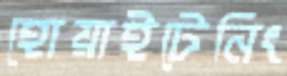
হোয়াইটেনিং